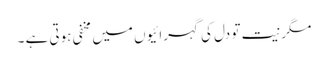
مگر نیت تو دل کی گہرائیوں میں مخفی ہوتی ہے ۔